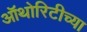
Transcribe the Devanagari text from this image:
ऑथोरिटीच्या